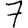
Digit: 7